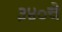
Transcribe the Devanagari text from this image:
३४०चे